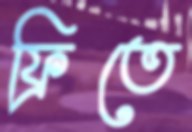
ফ্রিতে